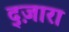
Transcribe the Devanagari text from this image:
द्ज़ारा